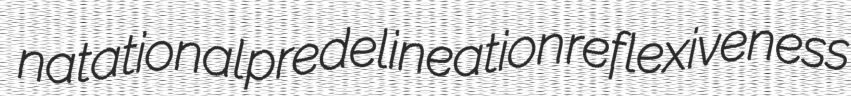
natational predelineation reflexiveness